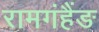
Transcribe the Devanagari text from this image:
रामगंहैंङ